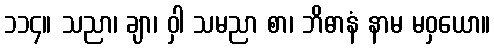
၁၁၄။ သညာ၊ ချာ၊ ဝှါ သမညာ စာ၊ ဘိဓာနံ နာမ မဝှယော။